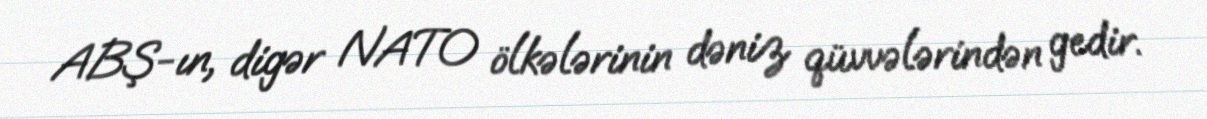
ABŞ-ın, digər NATO ölkələrinin dəniz qüvvələrindən gedir.